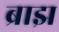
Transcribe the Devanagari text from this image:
ब्राझ